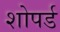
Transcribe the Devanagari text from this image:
शोपर्ड